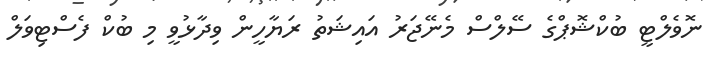
ނޮވެލްޓީ ބުކްޝޮޕްގެ ސޭލްސް މެނޭޖަރު އައިޝަތު ރަޔާހީން ވިދާޅުވީ މި ބުކް ފެސްޓިވަލް